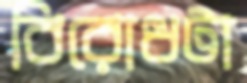
বিরোধটা